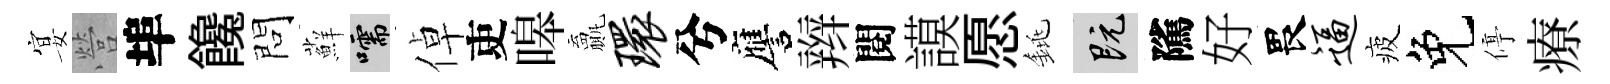
宴營埠饞問蘚嚅倬吏嗥贏环兮譍辫閱謨愿銚既隲好畏逼疲免停療